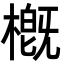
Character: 槪